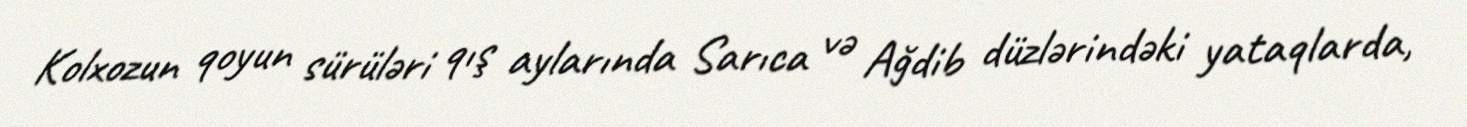
Kolxozun qoyun sürüləri qış aylarında Sarıca və Ağdib düzlərindəki yataqlarda,